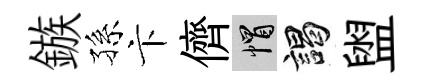
鏃孫卞儕帽謁盥